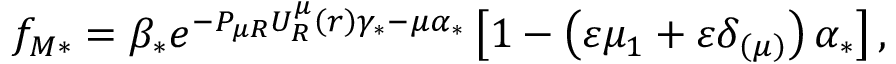
f _ { M \ast } = \beta _ { \ast } e ^ { - P _ { \mu R } U _ { R } ^ { \mu } \left( r \right) \gamma _ { \ast } - \mu \alpha _ { \ast } } \left[ 1 - \left( \varepsilon \mu _ { 1 } + \varepsilon \delta _ { \left( \mu \right) } \right) \alpha _ { \ast } \right] ,